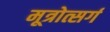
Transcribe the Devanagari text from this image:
मूत्रोत्सर्ग